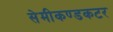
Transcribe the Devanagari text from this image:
सेमीकण्डकटर